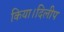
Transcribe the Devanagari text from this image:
किया।दिलीप